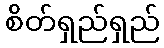
စိတ်ရှည်ရှည်